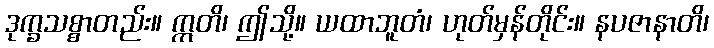
ဒုက္ခသစ္စာတည်း။ ဣတိ၊ ဤသို့။ ယထာဘူတံ၊ ဟုတ်မှန်တိုင်း။ နပဇာနာတိ၊